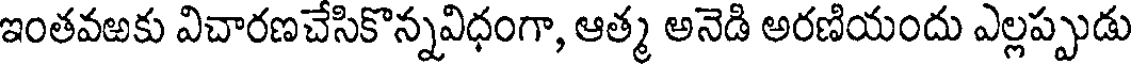
ఇంతవఱకు విచారణచేసికొన్నవిధంగా, ఆత్మ అనెడి అరణియందు ఎల్లప్పుడు